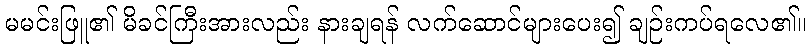
မမင်းဖြူ၏ မိခင်ကြီးအားလည်း နားချရန် လက်ဆောင်များပေး၍ ချဉ်းကပ်ရလေ၏။